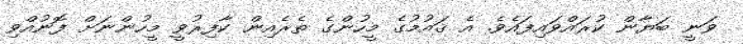
ވަނީ ބަޔާން ކުރައްވައިފައެވެ. އެ ޤައުމުގެ މީހުންގެ ތެރެއިން ކާފިރުވީ މީހުންނަށް ފޮނުއްވި